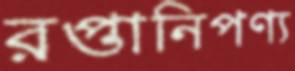
রপ্তানিপণ্য